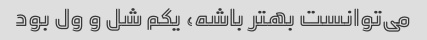
می‌توانست بهتر باشه، یکم شل و ول بود